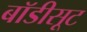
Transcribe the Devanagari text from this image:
बॉडीसूट